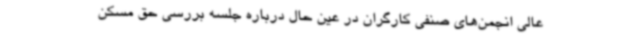
عالی انجمن‌های صنفی کارگران در عین حال درباره جلسه بررسی حق مسکن